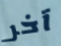
آخر